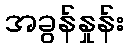
အခွန်နှုန်း